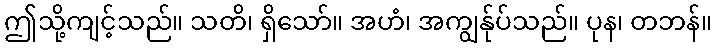
ဤသို့ကျင့်သည်။ သတိ၊ ရှိသော်။ အဟံ၊ အကျွန်ုပ်သည်။ ပုန၊ တဘန်။